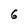
Character: 6